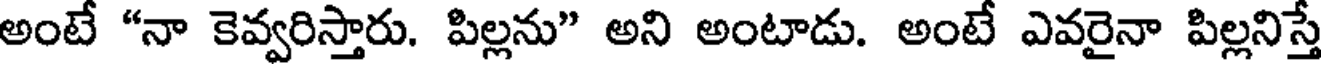
అంటే "నా కెవ్వరిస్తారు. పిల్లను" అని అంటాడు. అంటే ఎవరైనా పిల్లనిస్తే